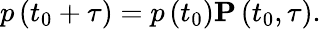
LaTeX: p\left(t_{0}+\tau\right)=p\left(t_{0}\right)\mathbf{P}\left(t_{0},\tau\right).